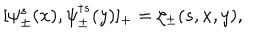
[ \psi _ { \pm } ^ { s } ( x ) , \psi _ { \pm } ^ { \dagger s } ( y ) ] _ { + } = \zeta _ { \pm } ( s , x , y ) ,